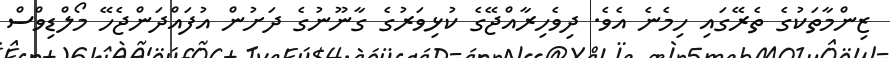
ޒިންމާތަކުގެ ތެރޭގައި ހިމެނެ އެވެ. ދިވެހިރާއްޖޭގެ ކުޅިވަރުގެ ގާނޫނުގެ ދަށުން އުފައްދަންޖެހޭ މޯލްޑިވްސް